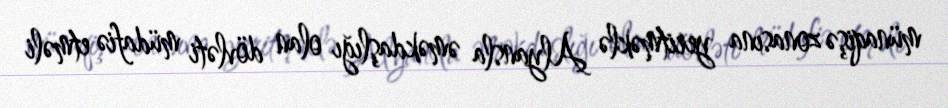
münaqişə zonasına yeritməklə Alyansla əməkdaşlığı olan dövləti müdafiə etməli